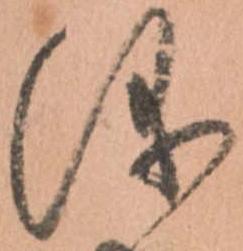
儀